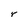
Character: r